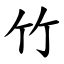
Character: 竹